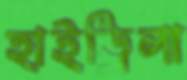
হাইড্রিলা